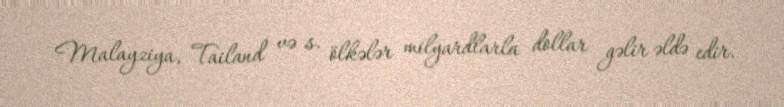
Malayziya, Tailand və s. ölkələr milyardlarla dollar gəlir əldə edir.